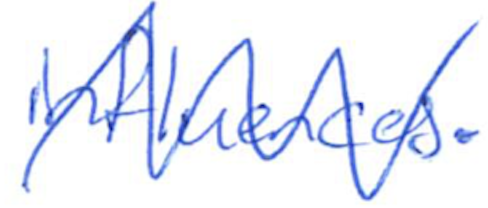
Text: influences.
Cross-out: zig-zag
Writing tool: ballpoint